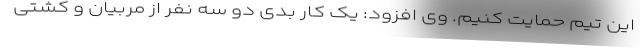
این تیم حمایت کنیم. وی افزود: یک کار بدی دو سه نفر از مربیان و کشتی